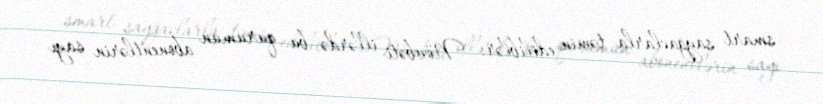
smart sayğaclarla təmin ediliblər: "Növbəti illərdə bu qurumun abonentlərin sayı